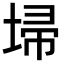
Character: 埽